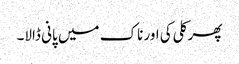
پھر کلی کی اور ناک میں پانی ڈالا۔